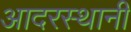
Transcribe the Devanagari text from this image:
आदरस्थानी